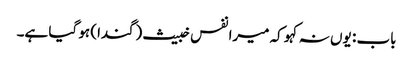
باب : یوں نہ کہو کہ میرا نفس خبیث (گندا) ہو گیا ہے۔